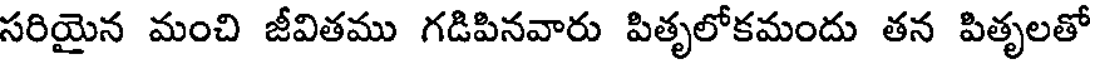
సరియైన మంచి జీవితము గడిపినవారు పితృలోకమందు తన పితృలతో